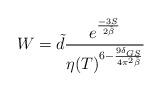
LaTeX: \begin{align*} W=\tilde d \frac{e^{\frac{-3 S}{2 \tilde\beta}}}{\eta(T)^{6-\frac{9 \delta_{GS}}{4\pi^2\tilde\beta}}}\end{align*}